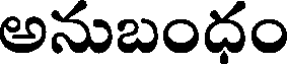
అనుబంధం